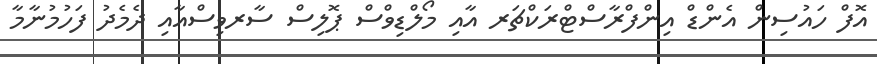
އޮފް ހައުސިން އެންޑް އިންފްރާސްޓްރަކްޗަރ އާއި މޯލްޑިވްސް ޕޮލިސް ސާރވިސްއާއި ދެމެދު ފަހުމުނާމާ